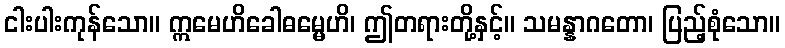
ငါးပါးကုန်သော။ ဣမေဟိခေါဓမ္မေဟိ၊ ဤတရားတို့နှင့်။ သမန္နာဂတော၊ ပြည့်စုံသော။